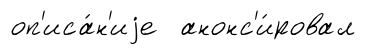
оп'иса́н'иjе анонс'и́ровал